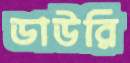
ডাউরি